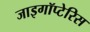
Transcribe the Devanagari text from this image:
जाइगॉप्टेरिस